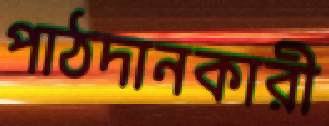
পাঠদানকারী